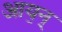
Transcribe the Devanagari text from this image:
आय॒न्